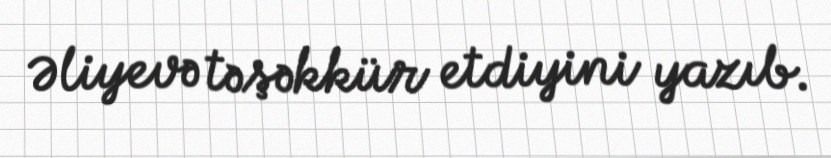
Əliyevə təşəkkür etdiyini yazıb.